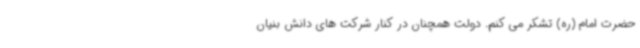
حضرت امام (ره) تشکر می کنم. دولت همچنان در کنار شرکت های دانش بنیان